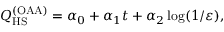
Q _ { \mathrm { H S } } ^ { ( \mathrm { O A A } ) } = \alpha _ { 0 } + \alpha _ { 1 } t + \alpha _ { 2 } \log ( 1 / \varepsilon ) ,